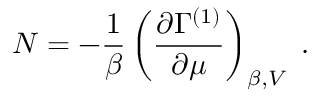
N = - \frac { 1 } { \beta } \left( \frac { \partial \Gamma ^ { ( 1 ) } } { \partial \mu } \right) _ { \beta , V } \; .